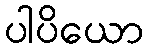
ပါပိယော